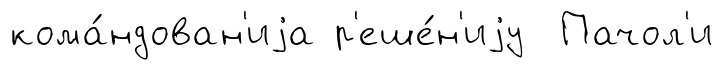
кома́ндован'иjа р'еше́н'иjу Пачол'и